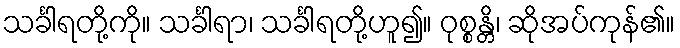
သင်္ခါရတို့ကို။ သင်္ခါရာ၊ သင်္ခါရတို့ဟူ၍။ ဝုစ္စန္တိ၊ ဆိုအပ်ကုန်၏။